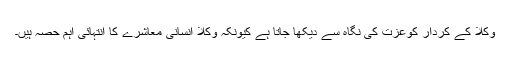
وکلا کے کردار کوعزت کی نگاہ سے دیکھا جاتا ہے کیونکہ وکلا انسانی معاشرے کا انتہائی اہم حصہ ہیں۔